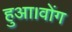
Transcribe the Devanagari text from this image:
हुआ।वोंग